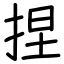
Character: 捏